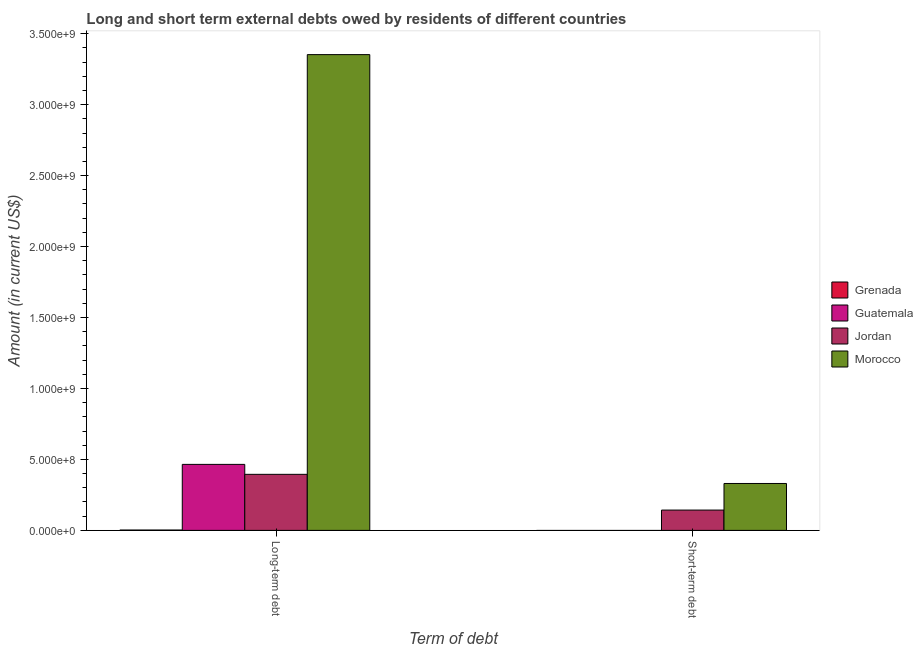
| Term of debt | Grenada | Guatemala | Jordan | Morocco |
 | --- | --- | --- | --- | --- |
 | Long-term debt | 2.42e+06 | 4.65e+08 | 3.95e+08 | 3.35e+09 |
 | Short-term debt | -2e+06 | -1.57e+09 | 1.43e+08 | 3.3e+08 |